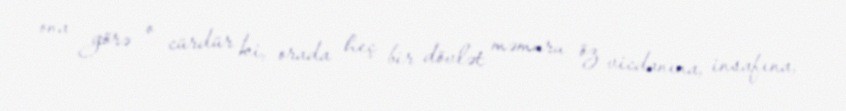
ona görə o cürdür ki, orada heç bir dövlət məmuru öz vicdanına, insafına,